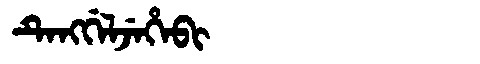
Manchu: ᡨᡝᠩᡤᡝᠯᠵᡝᡥᡝᠪᡳ
Romanization: TENGGELJEHEBI